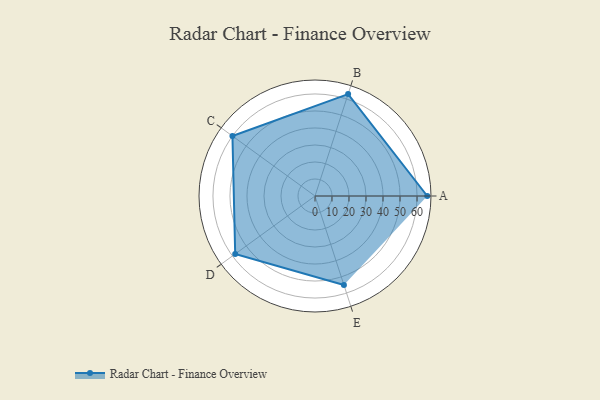
{"axis": {"x": "Skill", "y": "Score"}, "legend": ["Profile"], "data": [{"x": "A", "y": 66.0, "type": "Profile"}, {"x": "B", "y": 63.0, "type": "Profile"}, {"x": "C", "y": 60.0, "type": "Profile"}, {"x": "D", "y": 58.0, "type": "Profile"}, {"x": "E", "y": 55.0, "type": "Profile"}]}